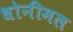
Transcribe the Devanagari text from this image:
धोनीमल